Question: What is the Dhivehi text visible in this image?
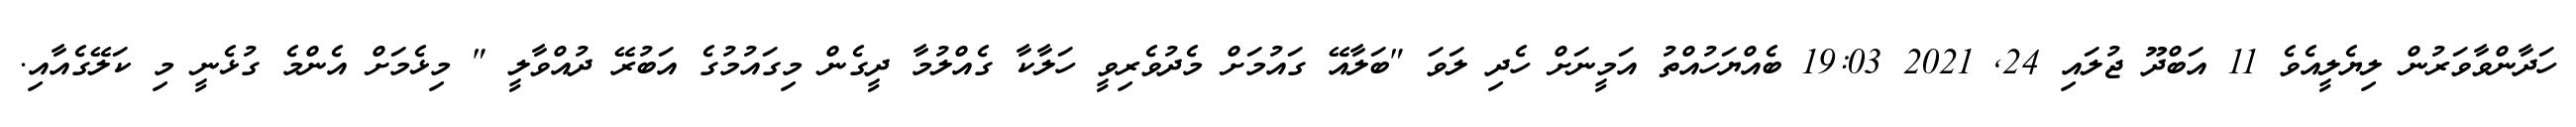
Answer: ހަދާންވާވަރުން ލިޔެލީއެވެ 11 އަބްދޫ ޖުލައި 24, 2021 19:03 ބެއްޔަހުއްތު އަމީނަށް ހެދި ލަވަ "ބަލާއޭ ގައުމަށް މެދުވެރިވީ ހަލާކާ ގެއްލުމާ ދީގެން މިގައުމުގެ އަބުރޭ ދުއްވާލީ " މިޅެމަށް އެންމެ ގުޅެނީ މި ކަލޭގެއާއި.